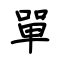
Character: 單